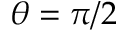
\theta = \pi / 2